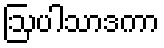
ဩပါသာဒကာ